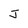
Character: J